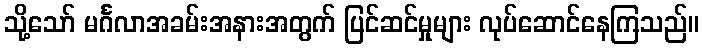
သို့သော် မင်္ဂလာအခမ်းအနားအတွက် ပြင်ဆင်မှုများ လုပ်ဆောင်နေကြသည်။